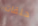
حلقات